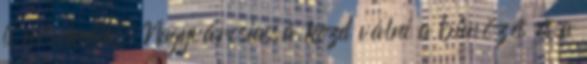
is növekedik. Nagyvárosiassá kezd válni a bűnözés és a